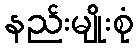
နည်းမျိုးစုံ